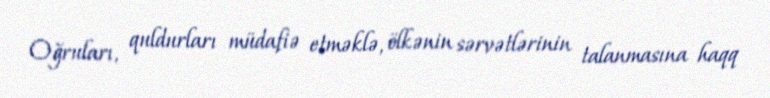
Oğruları, quldurları müdafiə etməklə, ölkənin sərvətlərinin talanmasına haqq